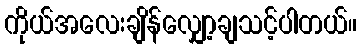
ကိုယ်အလေးချိန်လျှော့ချသင့်ပါတယ်။